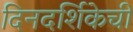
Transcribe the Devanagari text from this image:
दिनदर्शिकेची